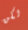
لكن